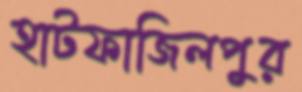
হাটফাজিলপুর